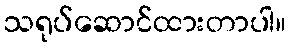
သရုပ်ဆောင်ထားတာပါ။